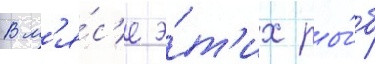
В м'я́с'е э́т'их ры́б